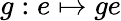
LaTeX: g:e\mapsto ge